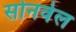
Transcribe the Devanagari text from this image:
सोनवेल